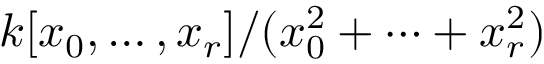
k [ x _ { 0 } , \dots , x _ { r } ] / ( x _ { 0 } ^ { 2 } + \dots + x _ { r } ^ { 2 } )